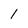
Character: 1